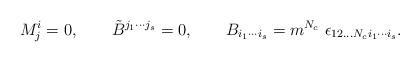
LaTeX: \begin{align*}M^i_j =0, \qquad \tilde B^{j_1\cdots j_s} =0, \qquad B_{i_1 \cdots i_s} =m^{N_c} \ \epsilon_{12...N_c i_1 \cdots i_s}.\end{align*}